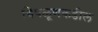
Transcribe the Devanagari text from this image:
चिपळूणकडील